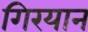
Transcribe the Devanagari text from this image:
गिरयान